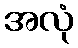
အလုံ